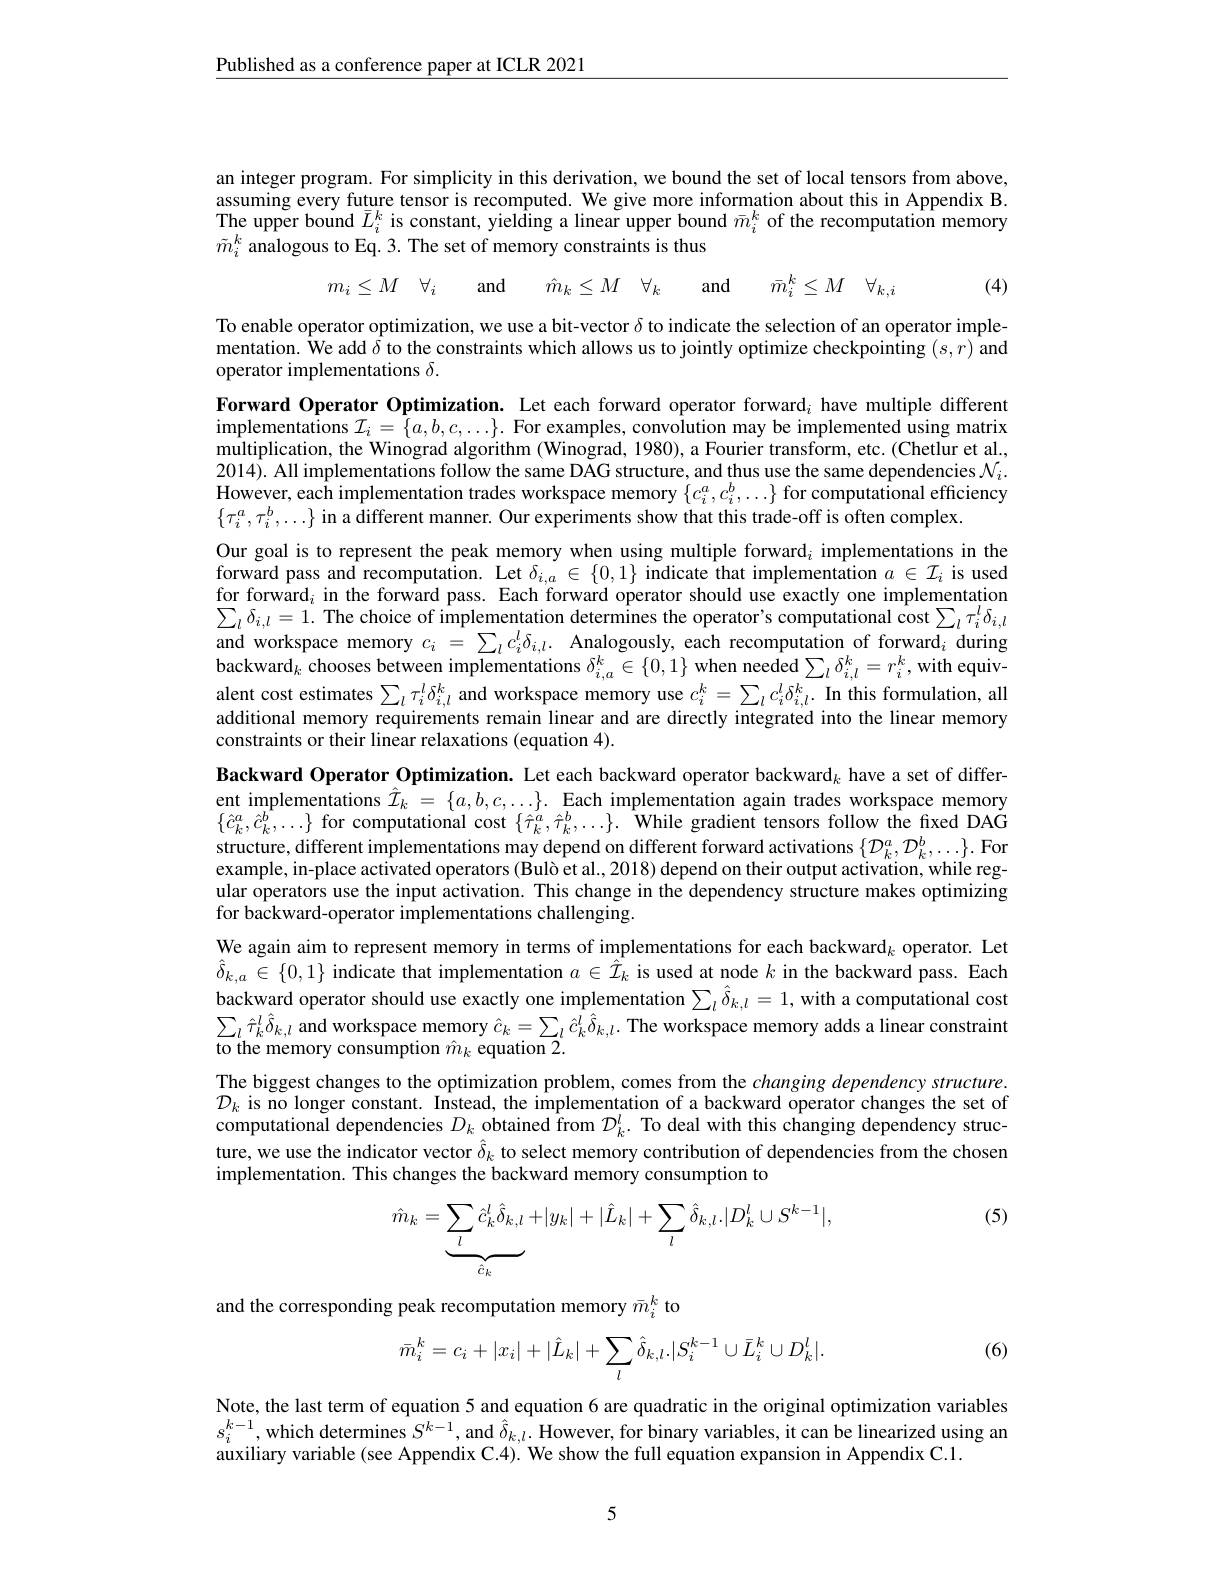
$\underline{\text{Published as a conference paper at ICLR 2021}}$

an integer program. For simplicity in this derivation, we bound the set of local tensors from above, assuming every future tensor is recomputed. We give more information about this in Appendix B. The upper bound $\bar{L}_i^k$ is constant, yielding a linear upper bound $\bar{m}_i^k$ of the recomputation memory $\tilde{m}_{i}^{k}$ analogous to Eq. 3. The set of memory constraints is thus
$$m_{i}\leq M\quad\forall_{i}\quad\mathrm{and}\quad\hat{m}_{k}\leq M\quad\forall_{k}\quad\mathrm{and}\quad\bar{m}_{i}^{k}\leq M\quad\forall_{k,i}$$
(4)

To enable operator optimization, we use a bit-vector $\delta$ to indicate the selection of an operator implementation. We add $\bar{\delta}$ to the constraints which allows us to jointly optimize checkpointing $(s,r)$ and operator implementations $\delta.$

Forward Operator Optimization. Let each forward operator forward$_i$ have multiple different $i$mplementations $\mathcal{I}_i=\{a,b,c,\ldots\}.$ For examples, convolution may be implemented using matrix multiplication, the Winograd algorithm (Winograd, 1980), a Fourier transform, etc. (Chetlur et al., 2014). All implementations follow the same DAG structure, and thus use the same dependencies $\mathcal{N}_i.$ However, each implementation trades workspace memory $\{c_i^a,c_i^b,\ldots\}$ for computational efficiency $\{\tau_i^a,\tau_i^b,\ldots\}$ in a different manner. Our experiments show that this trade-off is often complex.
Our goal is to represent the peak memory when using multiple forward$_i$ implementations in the forward pass and recomputation. Let $\delta_{i,a}\in\{0,1\}$ indicate that implementation $a\in\mathcal{I}_i$ is used $\hat{\text{for forward}}_i$ in the forward pass. Each forward operator should use exactly one implementaṭiom $\sum_{l}\delta_{i,l}=1.$The choice of implementation determines the operator's computational cost$\sum_l\tau_i^l\delta_{i,l}$ and workspace memory $c_i$ = $\sum _lc_i^l\delta _{i, l}.$ Analogously, each recomputation of forward$_i$ during backward$_k$ chooses between implementations $\delta_{i,a}^k\in\{0,1\}$ when needed $\sum_l\delta_{i,l}^k=r_i^k$, with equivalent cost estimates $\sum_l\tau_i^l\delta_{i,l}^k$ and workspace memory use $c_i^k=\sum_lc_i^l\delta_{i,l}^k.$ In this formulation, all additional memory requirements remain linear and are directly integrated into the linear memory constraints or their linear relaxations (equation 4).
Backward Operator Optimization. Let each backward operator backward$_k$ have a set of differ-

ent implementations $\hat{\mathcal{I} } _k= \{ a, b, c, \ldots \} .$ Each implementation again trades workspace memory ent implementations $\hat{\mathcal{I} } _k= \{ a, b, c, \ldots \} .$ Each implementation again trades workspace memory $\{\hat{c}_{k}^{a},\hat{c}_{k}^{b},\ldots\}$ for computational cost $\{\hat{\tau}_{k}^{a},\hat{\tau}_{k}^{b},\ldots\}.$ $\hat{\text{While gradient tensors follow the fixed DAG}}$ structure, different implementations may depend on different forward activations $\{\mathcal{D}_k^a,\mathcal{D}_k^b,\ldots\}.$ For example, in-place activated operators (Bulò et al., 2018) depend on their output activation, while regular operators use the input activation. This change in the dependency structure makes optimizing for backward-operator implementations challenging.
We again aim to represent memory in terms of implementations for each backward$_k$ operator. Let $\hat{\delta } _{k, a}$ $\tilde{\in }$ $\{ 0, 1\}$ $\tilde {\text{indicate that implementation }a}$ $\in \hat{\mathcal{I} } _{k}$ $\tilde{\mathcal{I} } _{k}$ is used at node $k$ in the backward pass. Each backward operator should use exactly one implementation $\sum_l\hat{\delta}_{k,l}=1$, with a computational cost $\begin{array}{l}{\sum_{l}\hat{\tau}_{k}^{l}\hat{\delta}_{k,l}\mathrm{~and~workspace~memory~}\hat{c}_{k}=\sum_{l}\hat{c}_{k}^{l}\hat{\delta}_{k,l}.\mathrm{~The~workspace~memory~adds~a~linear~constraint}}\\{\text{to the memory consumption }\hat{m}_{k}\mathrm{~equation~2.}\end{array}}\\$ The biggest changes to the optimization problem, comes from the changing dependency structure. $\mathcal{D}_k$ is no longer constant. Instead, the implementation of a backward operator changes the set of computational dependencies $D_k$ obtained from $\mathcal{D}_k^l.$ To deal with this changing dependency structure, we use the indicator vector $\hat{\delta}_k$ to select memory contribution of dependencies from the chosen implementation. This changes the backward memory consumption to
(5)
$$\hat{m}_{k}=\underbrace{\sum_{l}\hat{c}_{k}^{l}\hat{\delta}_{k,l}}_{\hat{c}_{k}}+|y_{k}|+|\hat{L}_{k}|+\sum_{l}\hat{\delta}_{k,l}.|D_{k}^{l}\cup S^{k-1}|,$$
and the corresponding peak recomputation memory $\bar{m}_i^k$ to

(6)
$$\bar{m}_{i}^{k}=c_{i}+|x_{i}|+|\hat{L}_{k}|+\sum_{l}\hat{\delta}_{k,l}.|S_{i}^{k-1}\cup\bar{L}_{i}^{k}\cup D_{k}^{l}|.$$
Note, the last term of equation 5 and equation 6 are quadratic in the original optimization variables $s_{i}^{k-1}$,which determines $S^k-1$, and $\hat{\delta}_{k,l.}$ However, for binary variables, it can be linearized using an auxiliary variable (see Appendix C.4). We show the full equation expansion in Appendix C.1.

5